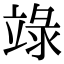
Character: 𥪋